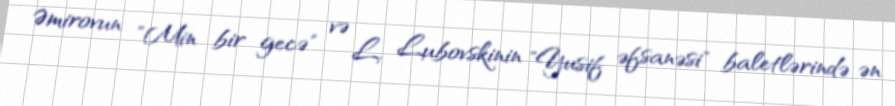
Əmirovun "Min bir gecə" və L. Lubovskinin "Yusif əfsanəsi" baletlərində ən